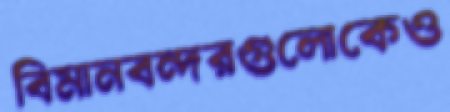
বিমানবন্দরগুলোকেও